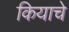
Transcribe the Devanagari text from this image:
कियाचे